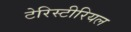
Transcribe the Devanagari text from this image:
टेरिस्टीरियल